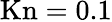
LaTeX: \mathrm{Kn}=0.1